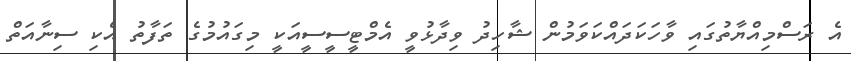
އެ ރަސްމިއްޔާތުގައި ވާހަކަދައްކަވަމުން ޝާހިދު ވިދާޅުވީ އެމްޓީސީސީއަކީ މިގައުމުގެ ތަފާތު އެކި ސިނާއަތް